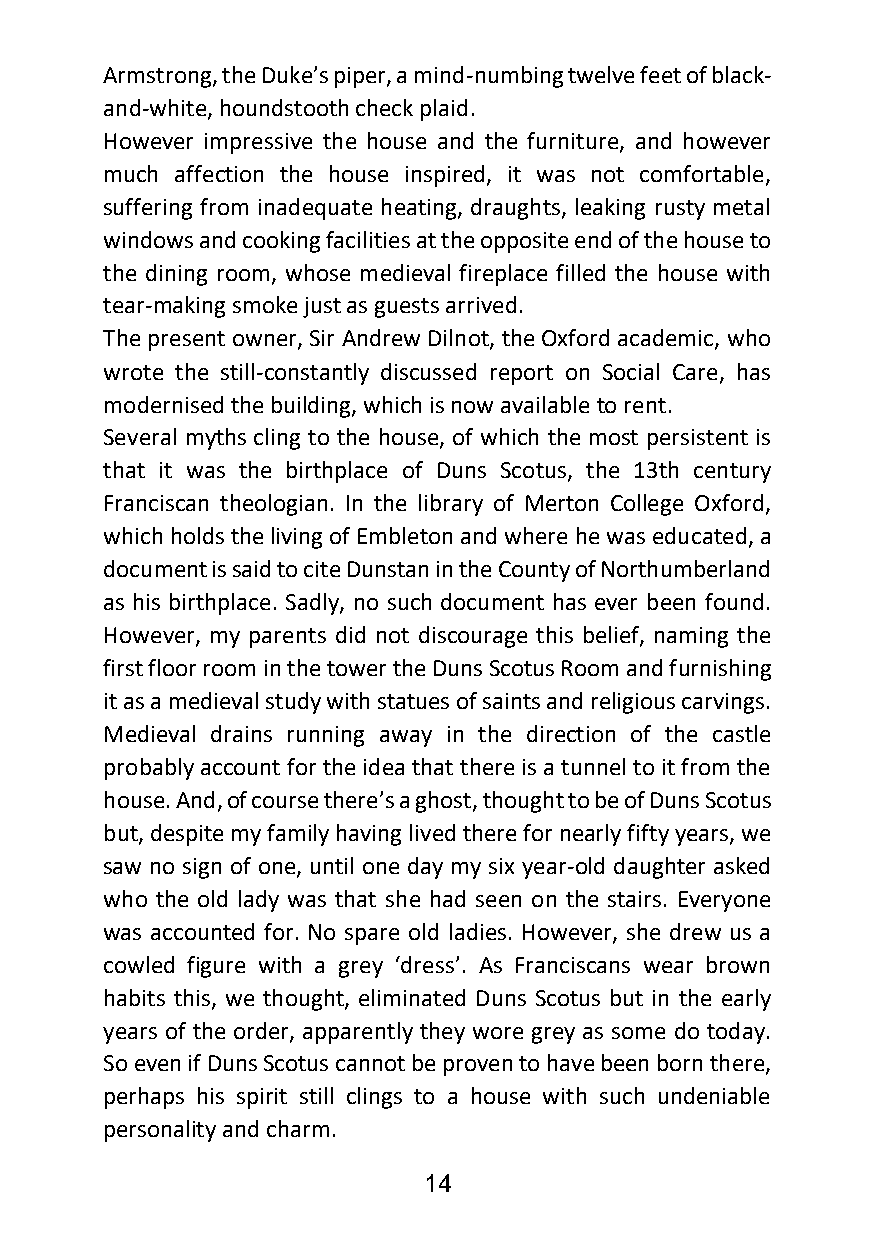
Armstrong, the Duke’s piper, a mind-numbing twelve feet of black-
 and-white, houndstooth check plaid.
 However impressive the house and the furniture, and however
 much affection the house inspired, it was not comfortable,
 suffering from inadequate heating, draughts, leaking rusty metal
 windows and cooking facilities at the opposite end of the house to
 the dining room, whose medieval fireplace filled the house with
 tear-making smoke just as guests arrived.
 The present owner, Sir Andrew Dilnot, the Oxford academic, who
 wrote the still-constantly discussed report on Social Care, has
 modernised the building, which is now available to rent.
 Several myths cling to the house, of which the most persistent is
 that it was the birthplace of Duns Scotus, the 13th century
 Franciscan theologian. In the library of Merton College Oxford,
 which holds the living of Embleton and where he was educated, a
 document is said to cite Dunstan in the County of Northumberland
 as his birthplace. Sadly, no such document has ever been found.
 However, my parents did not discourage this belief, naming the
 first floor room in the tower the Duns Scotus Room and furnishing
 it as a medieval study with statues of saints and religious carvings.
 Medieval drains running away in the direction of the castle
 probably account for the idea that there is a tunnel to it from the
 house. And, of course there’s a ghost, thought to be of Duns Scotus
 but, despite my family having lived there for nearly fifty years, we
 saw no sign of one, until one day my six year-old daughter asked
 who the old lady was that she had seen on the stairs. Everyone
 was accounted for. No spare old ladies. However, she drew us a
 cowled figure with a grey ‘dress’. As Franciscans wear brown
 habits this, we thought, eliminated Duns Scotus but in the early
 years of the order, apparently they wore grey as some do today.
 So even if Duns Scotus cannot be proven to have been born there,
 perhaps his spirit still clings to a house with such undeniable
 personality and charm.
 14